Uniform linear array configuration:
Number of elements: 4
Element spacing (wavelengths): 0.25
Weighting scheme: hann
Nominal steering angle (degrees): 45
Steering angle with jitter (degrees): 44.396
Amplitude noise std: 0.05
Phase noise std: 0.05

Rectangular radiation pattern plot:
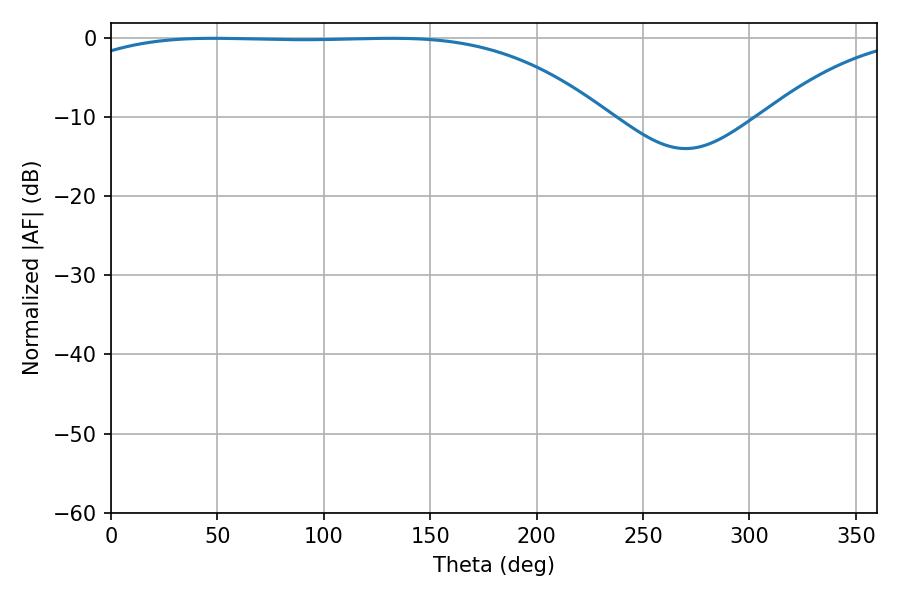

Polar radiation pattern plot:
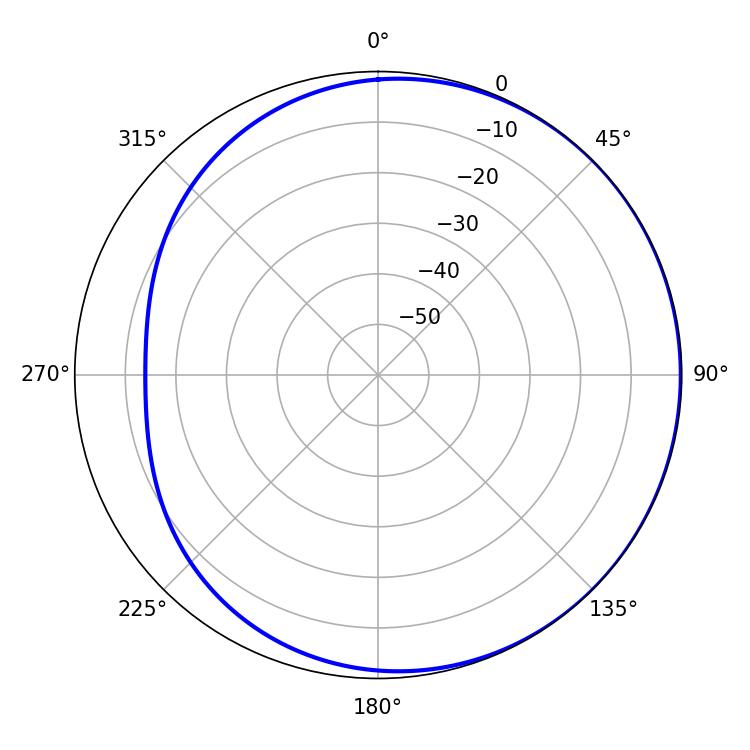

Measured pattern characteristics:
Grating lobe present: FALSE
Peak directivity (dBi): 0.8673
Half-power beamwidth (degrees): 194.76
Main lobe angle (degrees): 48.06